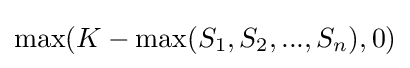
\max(K-\max(S_{1},S_{2},...,S_{n}),0)